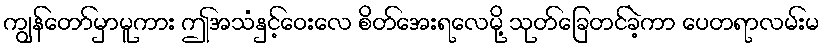
ကျွန်တော်မှာမူကား ဤအသံနှင့်ဝေးလေ စိတ်အေးရလေမို့ သုတ်ခြေတင်ခဲ့ကာ ပေတရာလမ်းမ